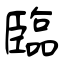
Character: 臨